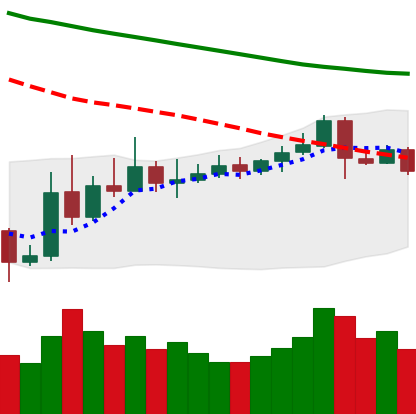
Ticker: ETC-USD
Chart end date: 2019-11-11
Forward return: -4.779%
Label: down_3_5